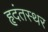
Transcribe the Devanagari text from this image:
हृदंतस्थर